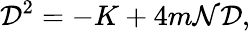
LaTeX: {\cal D}^{2}=-K+4m{\cal N}{\cal D},